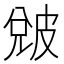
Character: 𤿫